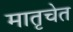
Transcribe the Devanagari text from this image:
मातृचेत